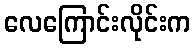
လေကြောင်းလိုင်းက